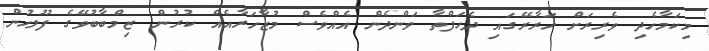
މިކަމާހެދި ވެރިރަށް ހަރާރޭގައި ދެހަފްތާ ވަންދެން އެއްވެސް މުޒާހަރާއެއް ކުރުން ޒިމްބާބުވޭގެ ފުލުހުން